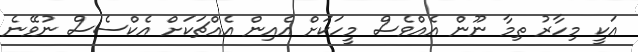
އަކީ މިހާރު ތިމާ ނޫން އެއްވެސް މީހަކަށް އެއިން އެއްޗަކަށް އެކްސެސް ނުވޭނެ